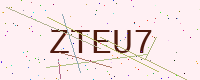
Text: ZTEU7